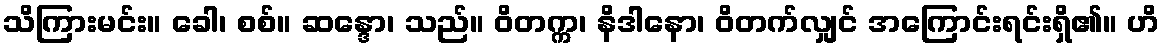
သိကြားမင်း။ ခေါ၊ စစ်။ ဆန္ဒော၊ သည်။ ဝိတက္က၊ နိဒါနော၊ ဝိတက်လျှင် အကြောင်းရင်းရှိ၏။ ဟိ